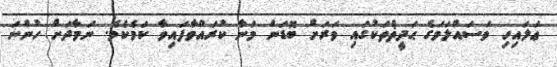
ޢަލައިހި ވަސައްލަމަގެ ޙަދީޡްތަކުގައި ވަރަށް ބޮޑަން މަނާ ކުރައްވާފައިވާ ކަމެކެވެ. ނަމާދަށް ހުންނަ